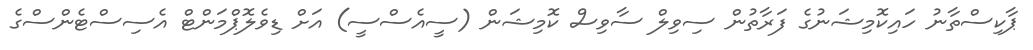
ޕާކިސްތާނު ހައިކޮމިޝަނުގެ ފަރާތުން ސިވިލް ސާވިސް ކޮމިޝަން (ސީއެސްސީ) އަށް ޑިވެލޮޕްމަންޓް އެސިސްޓެންސްގެ